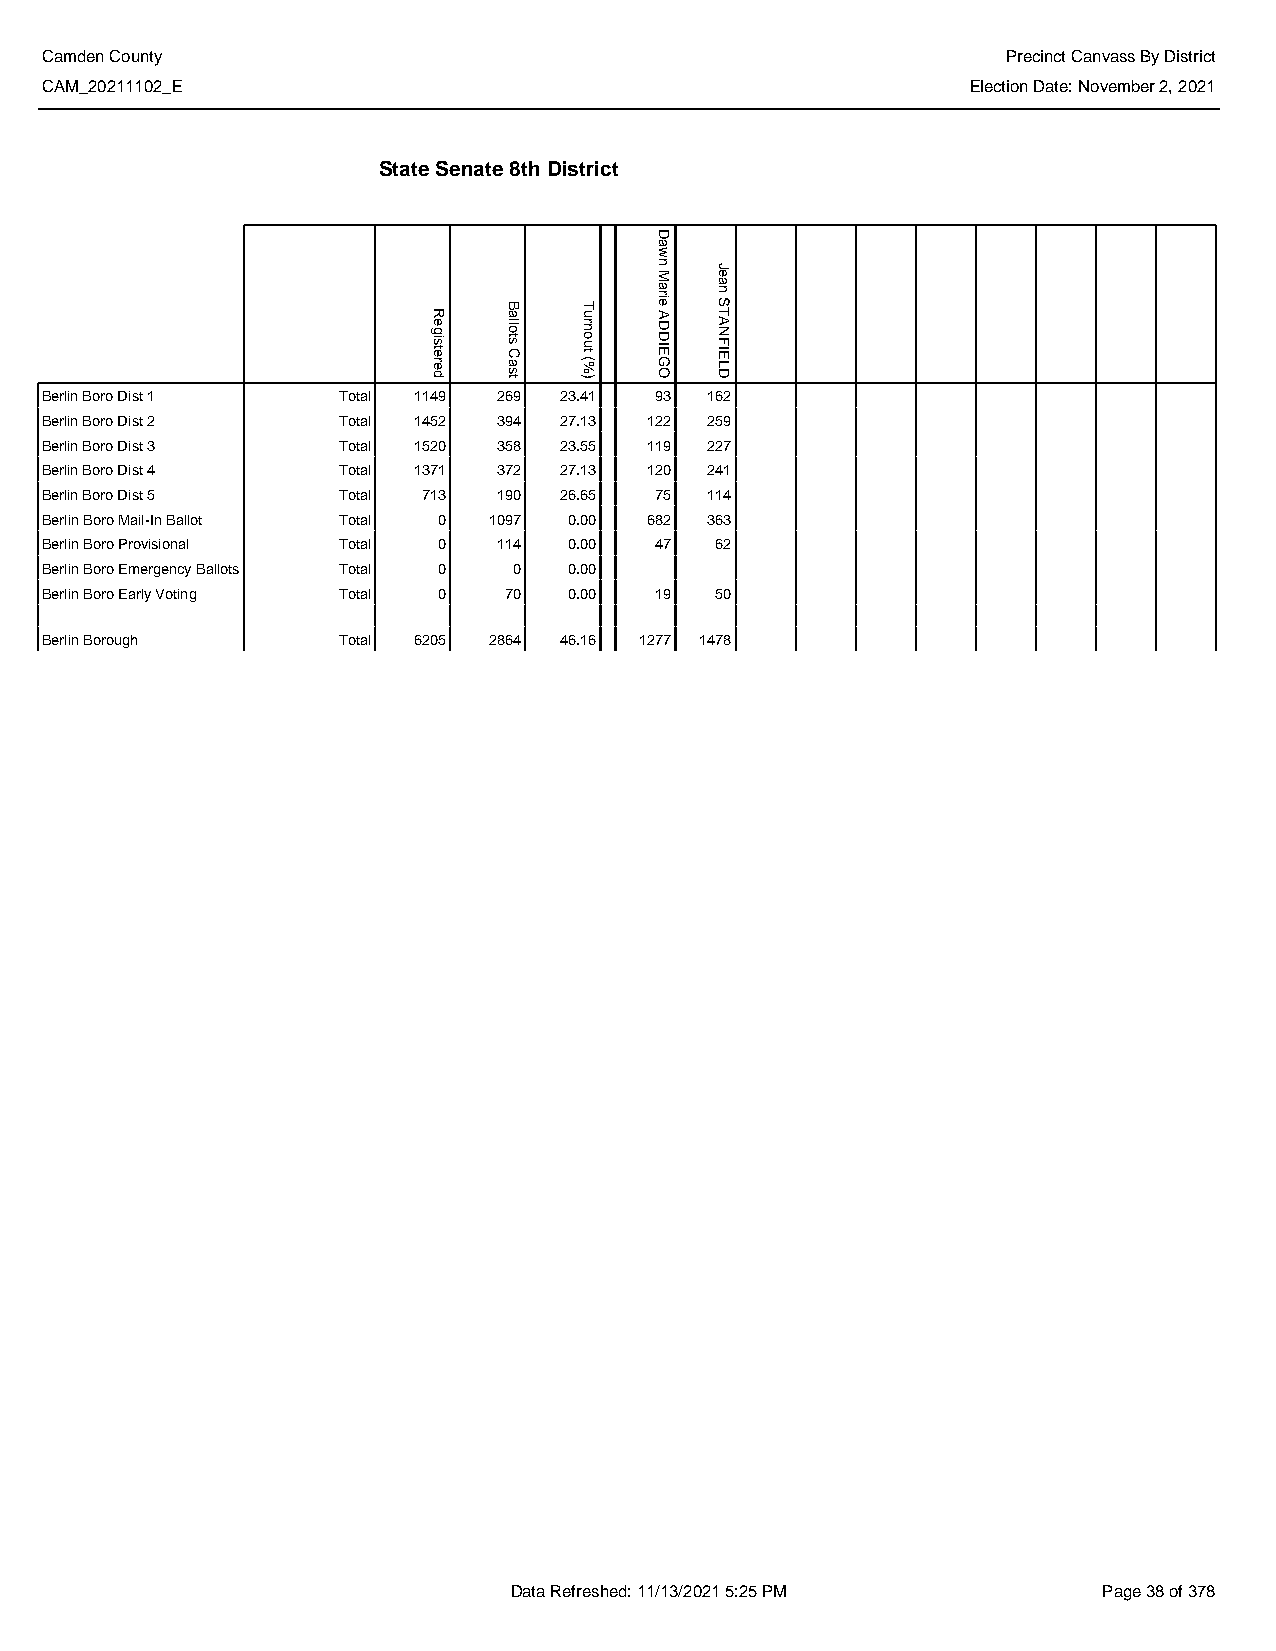
Camden County                                                   Precinct Canvass By District
 CAM_20211102_E                                               Election Date: November 2, 2021
 State Senate 8th District
 Berlin Boro Dist 1 Total 1149 269 23.41 93  162
 Berlin Boro Dist 2 Total 1452 394 27.13 122 259
 Berlin Boro Dist 3 Total 1520 358 23.55 119 227
 Berlin Boro Dist 4 Total 1371 372 27.13 120 241
 Berlin Boro Dist 5 Total 713  190 26.65 75  114
 Berlin Boro Mail-In Ballot Total 0 1097 0.00 682 363
 Berlin Boro Provisional Total 0 114 0.00 47 62
 Berlin Boro Emergency Ballots Total 0 0 0.00
 Berlin Boro Early Voting Total 0 70 0.00 19 50
 Berlin Borough     Total 6205 2864 46.16 1277 1478
 Data Refreshed: 11/13/2021 5:25 PM     Page 38 of 378
 Registered
 Ballots
 Cast
 Turnout
 (%)
 Dawn
 Marie
 ADDIEGO
 Jean
 STANFIELD